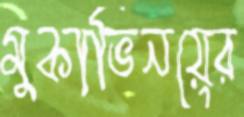
মুকাভিনয়ের